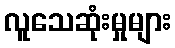
လူသေဆုံးမှုများ